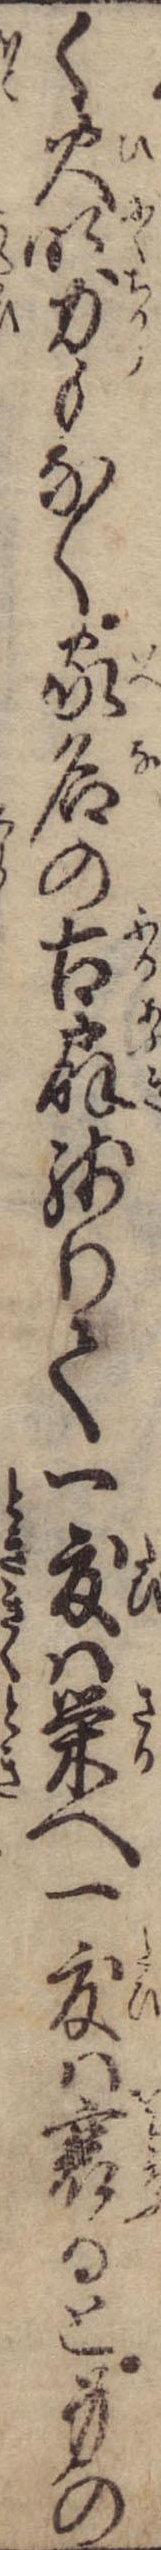
く火吹力もなく家名の古扇残りて一度は栄へ一度は衰ると身の